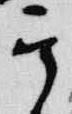
其